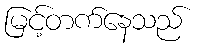
မြင့်တက်နေသည်